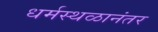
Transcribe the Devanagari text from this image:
धर्मस्थळानंतर